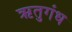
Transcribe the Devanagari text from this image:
ऋतुगंध